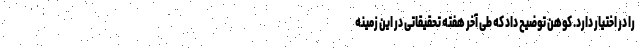
را در اختیار دارد. کوهن توضیح داد که طی آخر هفته تحقیقاتی در این زمینه